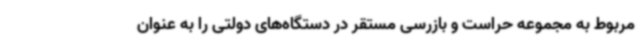
مربوط به مجموعه حراست و بازرسی مستقر در دستگاه‌های دولتی را به عنوان